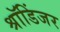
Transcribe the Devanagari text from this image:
श्रॉडिंजर